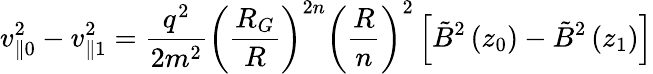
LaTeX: v_{\parallel 0}^{2}-v_{\parallel 1}^{2}=\frac{q^{2}}{2m^{2}}\left(\frac{R_{G}}{R}\right)^{2n}\left(\frac{R}{n}\right)^{2}\left[\tilde{B}^{2}\left(z_{0}\right)-\tilde{B}^{2}\left(z_{1}\right)\right]